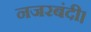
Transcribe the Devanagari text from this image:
नजरबंदी।